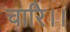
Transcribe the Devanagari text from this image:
चारि।।